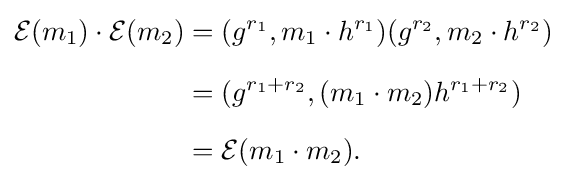
{\begin{aligned}{\mathcal {E}}(m_{1})\cdot {\mathcal {E}}(m_{2})&=(g^{r_{1}},m_{1}\cdot h^{r_{1}})(g^{r_{2}},m_{2}\cdot h^{r_{2}})\\[6pt]&=(g^{r_{1}+r_{2}},(m_{1}\cdot m_{2})h^{r_{1}+r_{2}})\\[6pt]&={\mathcal {E}}(m_{1}\cdot m_{2}).\end{aligned}}